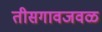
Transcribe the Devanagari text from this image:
तीसगावजवळ